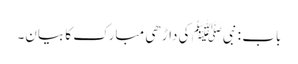
باب : نبیﷺ کی داڑھی مبارک کا بیان۔